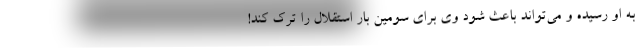
به او رسیده و می‌تواند باعث شود وی برای سومین بار استقلال را ترک کند!